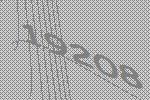
19208